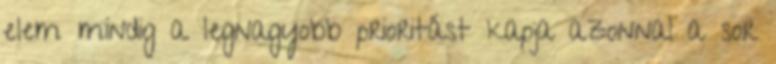
elem mindig a legnagyobb prioritást kapja azonnal a sor